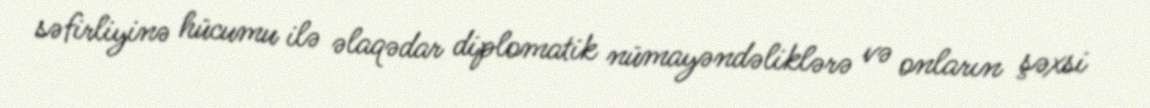
səfirliyinə hücumu ilə əlaqədar diplomatik nümayəndəliklərə və onların şəxsi